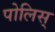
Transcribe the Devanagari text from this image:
पोलिस्